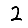
Digit: 2